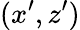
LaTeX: (x^{\prime},z^{\prime})